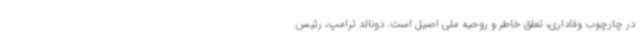
در چارچوب وفاداری، تعلق خاطر و روحیه ملی اصیل است. دونالد ترامپ، رئیس